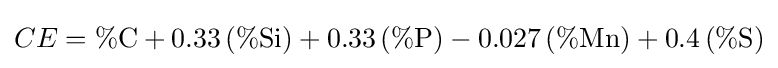
CE=\%{\text{C}}+0.33\left(\%{\text{Si}}\right)+0.33\left(\%{\text{P}}\right)-0.027\left(\%{\text{Mn}}\right)+0.4\left(\%{\text{S}}\right)